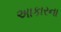
અાકારના